Civil Veterinary Department. United Provinces 1912-22 - 1912-1922
Year: 1912
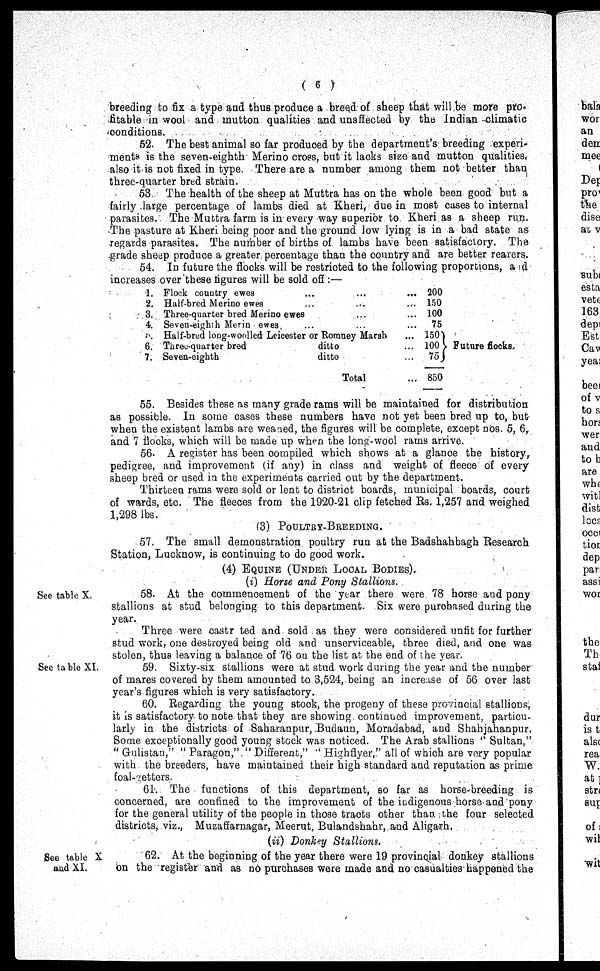
(6)
breeding to fix a type and thus produce a bread of sheep that will be more pro-
fitable in wool and mutton qualities and unaffected by the Indian climatic
conditions.
52. The best animal so far produced by the department's breeding experi-
ments is the seven-eighth Merino cross, but it lacks size and mutton qualities,
also it is not fixed in type. There are a number among them not better than
three-quarter bred strain.
53. The health of the sheep at Muttra has on the whole been good but a
fairly large percentage of lambs died at Kheri, due in most cases to internal
parasites. The Muttra farm is in every way superior to Kheri as a sheep run.
The pasture at Kheri being poor and the ground low lying is in a bad state as
regards parasites. The number of births of lambs have been satisfactory. The
grade sheep produce a greater percentage than the country and are better rearers.
54. In future the flocks will be restricted to the following proportions, and
increases over these figures will be sold off:—
1.
2.
3.
4.
5.
6.
7.
Flock country ewes ... ... ...
Half-bred Merino ewes ... ... ...
Three-quarter bred Merino ewes ... ...
Seven-eighth Merin ewes, ... ... ...
Half-bred long-woolled Leicester or Romney Marsh ...
Three-quarter bred
ditto ...
Seven-eighth
ditto ...
Total ...
200
150
100
75
150
100
75
850
Future flocks.
55. Besides these as many grade rams will be maintained for distribution
as possible. In some cases these numbers have not yet been bred up to, but
when the existent lambs are wearied, the figures will be complete, except nos. 5, 6,
and 7 flocks, which will be made up when the long-wool rams arrive.
56. A register has been compiled which shows at a glance the history,
pedigree, and improvement (if any) in class and weight of fleece of every
sheep bred or used in the experiments carried out by the department.
Thirteen rams were sold or lent to district boards, municipal boards, court
of wards, etc. The fleeces from the 1920-21 clip fetched Rs. 1,257 and weighed
1,298 lbs.
(3) POULTRY-BREEDING
57. The small demonstration poultry run at the Badshahbagh Research
Station, Lucknow, is continuing to do good work.
(4) EQUINE (UNDER LOCAL BODIES).
(i) Horse and Pony Stallions.
See table X.
58. At the commencement of the year there were 78 horse ana pony
stallions at stud belonging to this department. Six were purchased during the
year.
Three were castr ted and sold as they were considered unfit for further
stud work, one destroyed being old and unserviceable, three died, and one was
stolen, thus leaving a balance of 76 on the list at the end of the year.
See table XI.
59. Sixty-six stallions were at stud work during the year and the number
of mares covered by them amounted to 3,524, being an increase of 56 over last
year's figures which is very satisfactory.
60. Regarding the young stock, the progeny of these provincial stallions,
it is satisfactory to note that they are showing continued improvement, particu-
larly in the districts of Saharanpur, Budaun, Moradabad, and Shahjahanpur.
Some exceptionally good young stock was noticed. The Arab stallions ''Sultan,"
"Gulistan," "Paragon," "Different," ''Highflyer," all of which are very popular
with the breeders, have maintained their high standard and reputation as prime
foal-retters.
61. The functions of this department, so far as horse-breeding is
concerned, are confined to the improvement of the indigenous horse and pony
for the general utility of the people in those tracts other than the four selected
districts, viz., Muzaffarnagar, Meerut, Bulandshahr, and Aligarh.
(ii) Donkey Stallions.
See table X
and XI.
62. At the beginning of the year there were 19 provincial donkey stallions
on the register and as no purchases were made and no casualties happened the